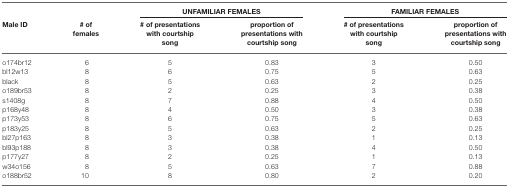
<table><thead><tr><td></td><td></td><td colspan="2"><b>UNFAMILIAR FEMALES</b></td><td colspan="2"><b>FAMILIAR FEMALES</b></td></tr><tr><td><b>Male ID</b></td><td><b># of females</b></td><td><b># of presentations with courtship song</b></td><td><b>proportion of presentations with courtship song</b></td><td><b># of presentations with courtship song</b></td><td><b>proportion of presentations with courtship song</b></td></tr></thead><tbody><tr><td>o174br12</td><td>6</td><td>5</td><td>0.83</td><td>3</td><td>0.50</td></tr><tr><td>bl12w13</td><td>8</td><td>6</td><td>0.75</td><td>5</td><td>0.63</td></tr><tr><td>black</td><td>8</td><td>5</td><td>0.63</td><td>2</td><td>0.25</td></tr><tr><td>o189br53</td><td>8</td><td>2</td><td>0.25</td><td>3</td><td>0.38</td></tr><tr><td>s1408g</td><td>8</td><td>7</td><td>0.88</td><td>4</td><td>0.50</td></tr><tr><td>p168y48</td><td>8</td><td>4</td><td>0.50</td><td>3</td><td>0.38</td></tr><tr><td>p173y53</td><td>8</td><td>6</td><td>0.75</td><td>5</td><td>0.63</td></tr><tr><td>p183y25</td><td>8</td><td>5</td><td>0.63</td><td>2</td><td>0.25</td></tr><tr><td>bl27p163</td><td>8</td><td>3</td><td>0.38</td><td>1</td><td>0.13</td></tr><tr><td>bl93p188</td><td>8</td><td>3</td><td>0.38</td><td>4</td><td>0.50</td></tr><tr><td>p177y27</td><td>8</td><td>2</td><td>0.25</td><td>1</td><td>0.13</td></tr><tr><td>w34o156</td><td>8</td><td>5</td><td>0.63</td><td>7</td><td>0.88</td></tr><tr><td>o188br52</td><td>10</td><td>8</td><td>0.80</td><td>2</td><td>0.20</td></tr></tbody></table>